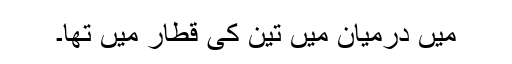
میں درمیان میں تین کی قطار میں تھا۔